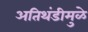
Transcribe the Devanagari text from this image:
अतिथंडीमुळे